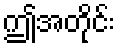
ဤအတိုင်း